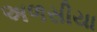
અળસીયા